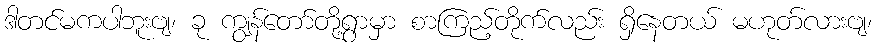
ဒါတင်မကပါဘူးဗျ၊ ခု ကျွန်တော်တို့ရွာမှာ စာကြည့်တိုက်လည်း ရှိနေတယ် မဟုတ်လားဗျ၊